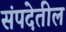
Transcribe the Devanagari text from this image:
संपदेतील